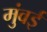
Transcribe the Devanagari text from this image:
मुंवई